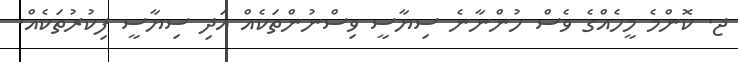
ޖ. ކޮންމެ މީހެއްގެ ވެސް ހުންނާނެ ސިޔާސީ ވިސްނުންތަކެއް އަދި ސިޔާސީ ފިކުރުތަކެއް.